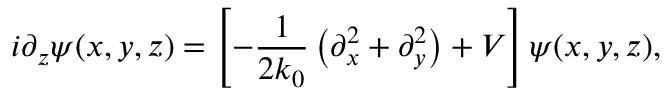
i \partial _ { z } \psi ( x , y , z ) = \left[ - \frac { 1 } { 2 k _ { 0 } } \left( \partial _ { x } ^ { 2 } + \partial _ { y } ^ { 2 } \right) + V \right] \psi ( x , y , z ) ,